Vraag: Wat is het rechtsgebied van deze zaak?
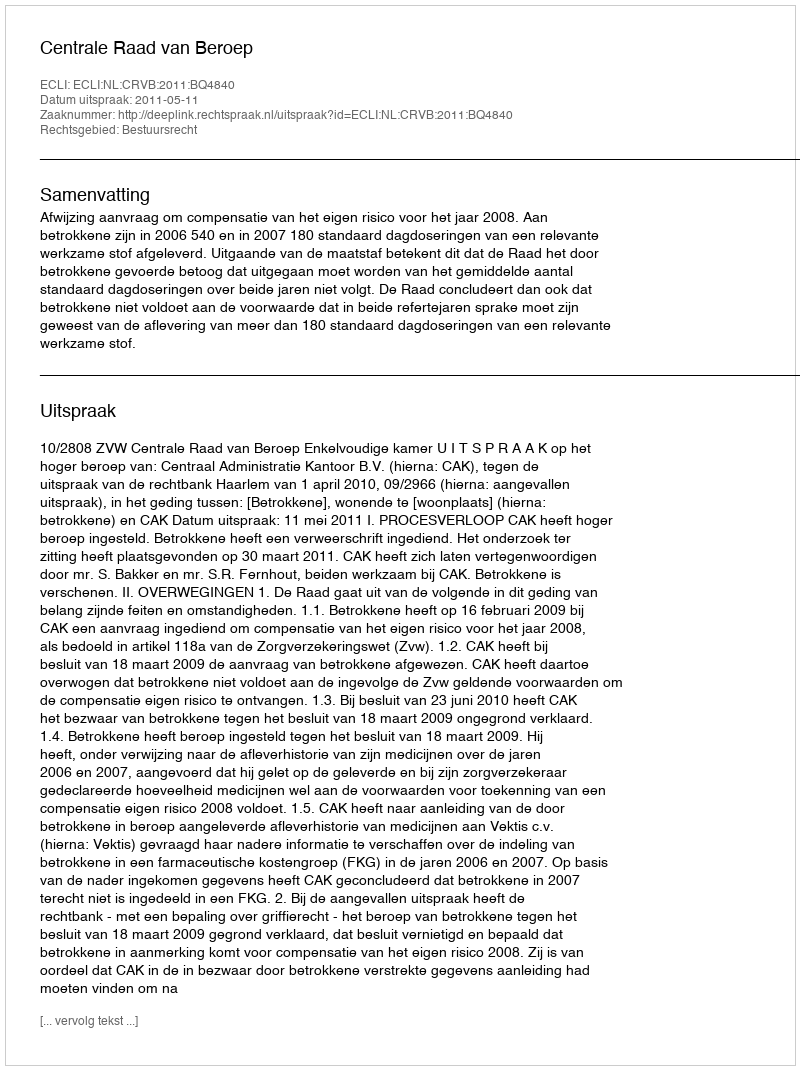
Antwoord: Bestuursrecht